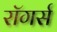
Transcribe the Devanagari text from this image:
रॉगर्स